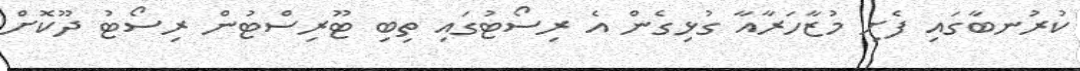
ކުރުނބާގައި ފެށި މުޒާހަރާއާ ގުޅިގެން އެ ރިސޯޓުގައި ތިބި ޓޫރިސްޓުން ރިސޯޓު ދޫކޮށް